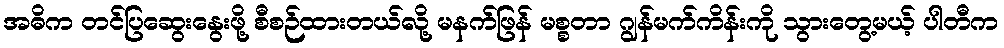
အဓိက တင်ပြဆွေးနွေးဖို့ စီစဉ်ထားတယ်လို့ မနက်ဖြန် မစ္စတာ ဂျွန်မက်ကိန်းကို သွားတွေ့မယ့် ပါတီက